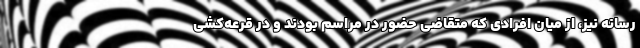
رسانه نیز، از میان افرادی که متقاضی حضور در مراسم بودند و در قرعه‌کشی